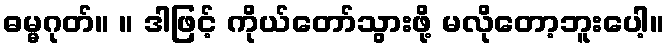
ဓမ္မဂုတ်။ ။ ဒါဖြင့် ကိုယ်တော်သွားဖို့ မလိုတော့ဘူးပေါ့။